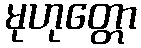
မုဟုတ္တော